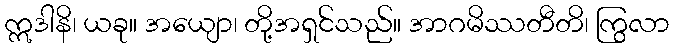
ဣဒါနိ၊ ယခု။ အယျော၊ တို့အရှင်သည်။ အာဂမိဿတီတိ၊ ကြွလာ